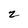
Character: 2